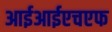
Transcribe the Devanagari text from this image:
आईआईएचएफ